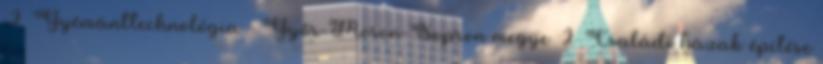
2 Gyémánttechnológia - Győr-Moson-Sopron megye 2 Családi házak építése